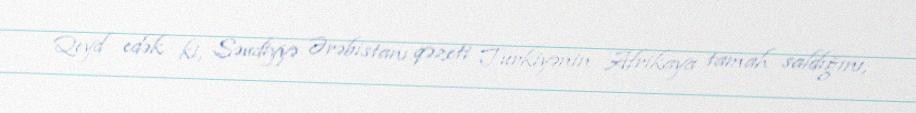
Qeyd edək ki, Səudiyyə Ərəbistanı qəzeti Türkiyənin Afrikaya tamah saldığını,